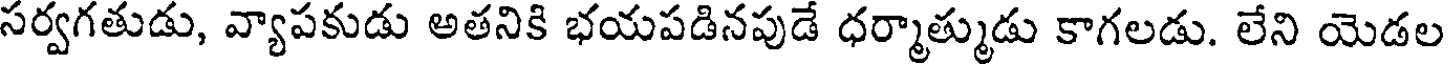
సర్వగతుడు, వ్యాపకుడు అతనికి భయపడినపుడే ధర్మాత్ముడు కాగలడు. లేని యెడల